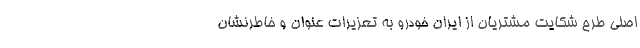
اصلی طرح شکایت مشتریان از ایران خودرو به تعزیرات عنوان و خاطرنشان